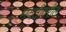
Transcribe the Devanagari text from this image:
मदतीवरील